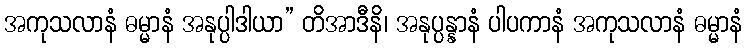
အကုသလာနံ ဓမ္မာနံ အနုပ္ပါဒါယာ” တိအာဒီနိ၊ အနုပ္ပန္နာနံ ပါပကာနံ အကုသလာနံ ဓမ္မာနံ